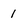
Character: 1